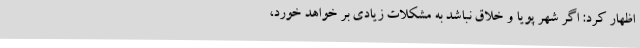
اظهار کرد: اگر شهر پویا و خلاق نباشد به مشکلات زیادی بر خواهد خورد،